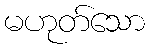
မဟုတ်သော